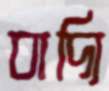
বাদ্যি